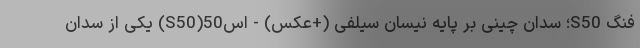
فنگ S50؛ سدان چینی بر پایه نیسان سیلفی (+عکس) - اس50(S50) یکی از سدان